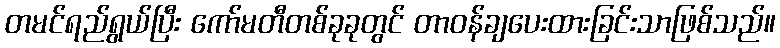
တမင်ရည်ရွယ်ပြီး ကော်မတီတစ်ခုခုတွင် တာဝန်ချပေးထားခြင်းသာဖြစ်သည်။